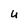
Character: U